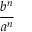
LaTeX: \frac { b ^ { n } } { a ^ { n } }